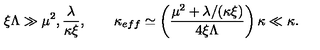
\xi \Lambda \gg \mu ^ { 2 } , \frac { \lambda } { \kappa \xi } , \quad \quad \kappa _ { e f f } \simeq \left( \frac { \mu ^ { 2 } + \lambda / ( \kappa \xi ) } { 4 \xi \Lambda } \right) \kappa \ll \kappa .